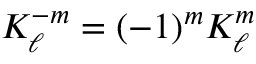
K _ { \ell } ^ { - m } = ( - 1 ) ^ { m } K _ { \ell } ^ { m }